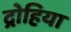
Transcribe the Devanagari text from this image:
द्रोहिया